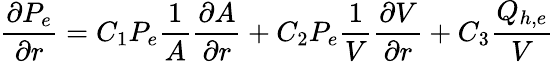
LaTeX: \frac{\partial P_{e}}{\partial r}=C_{1}P_{e}\frac{1}{A}\frac{\partial A}{\partial r}+C_{2}P_{e}\frac{1}{V}\frac{\partial V}{\partial r}+C_{3}\frac{Q_{h,e}}{V}